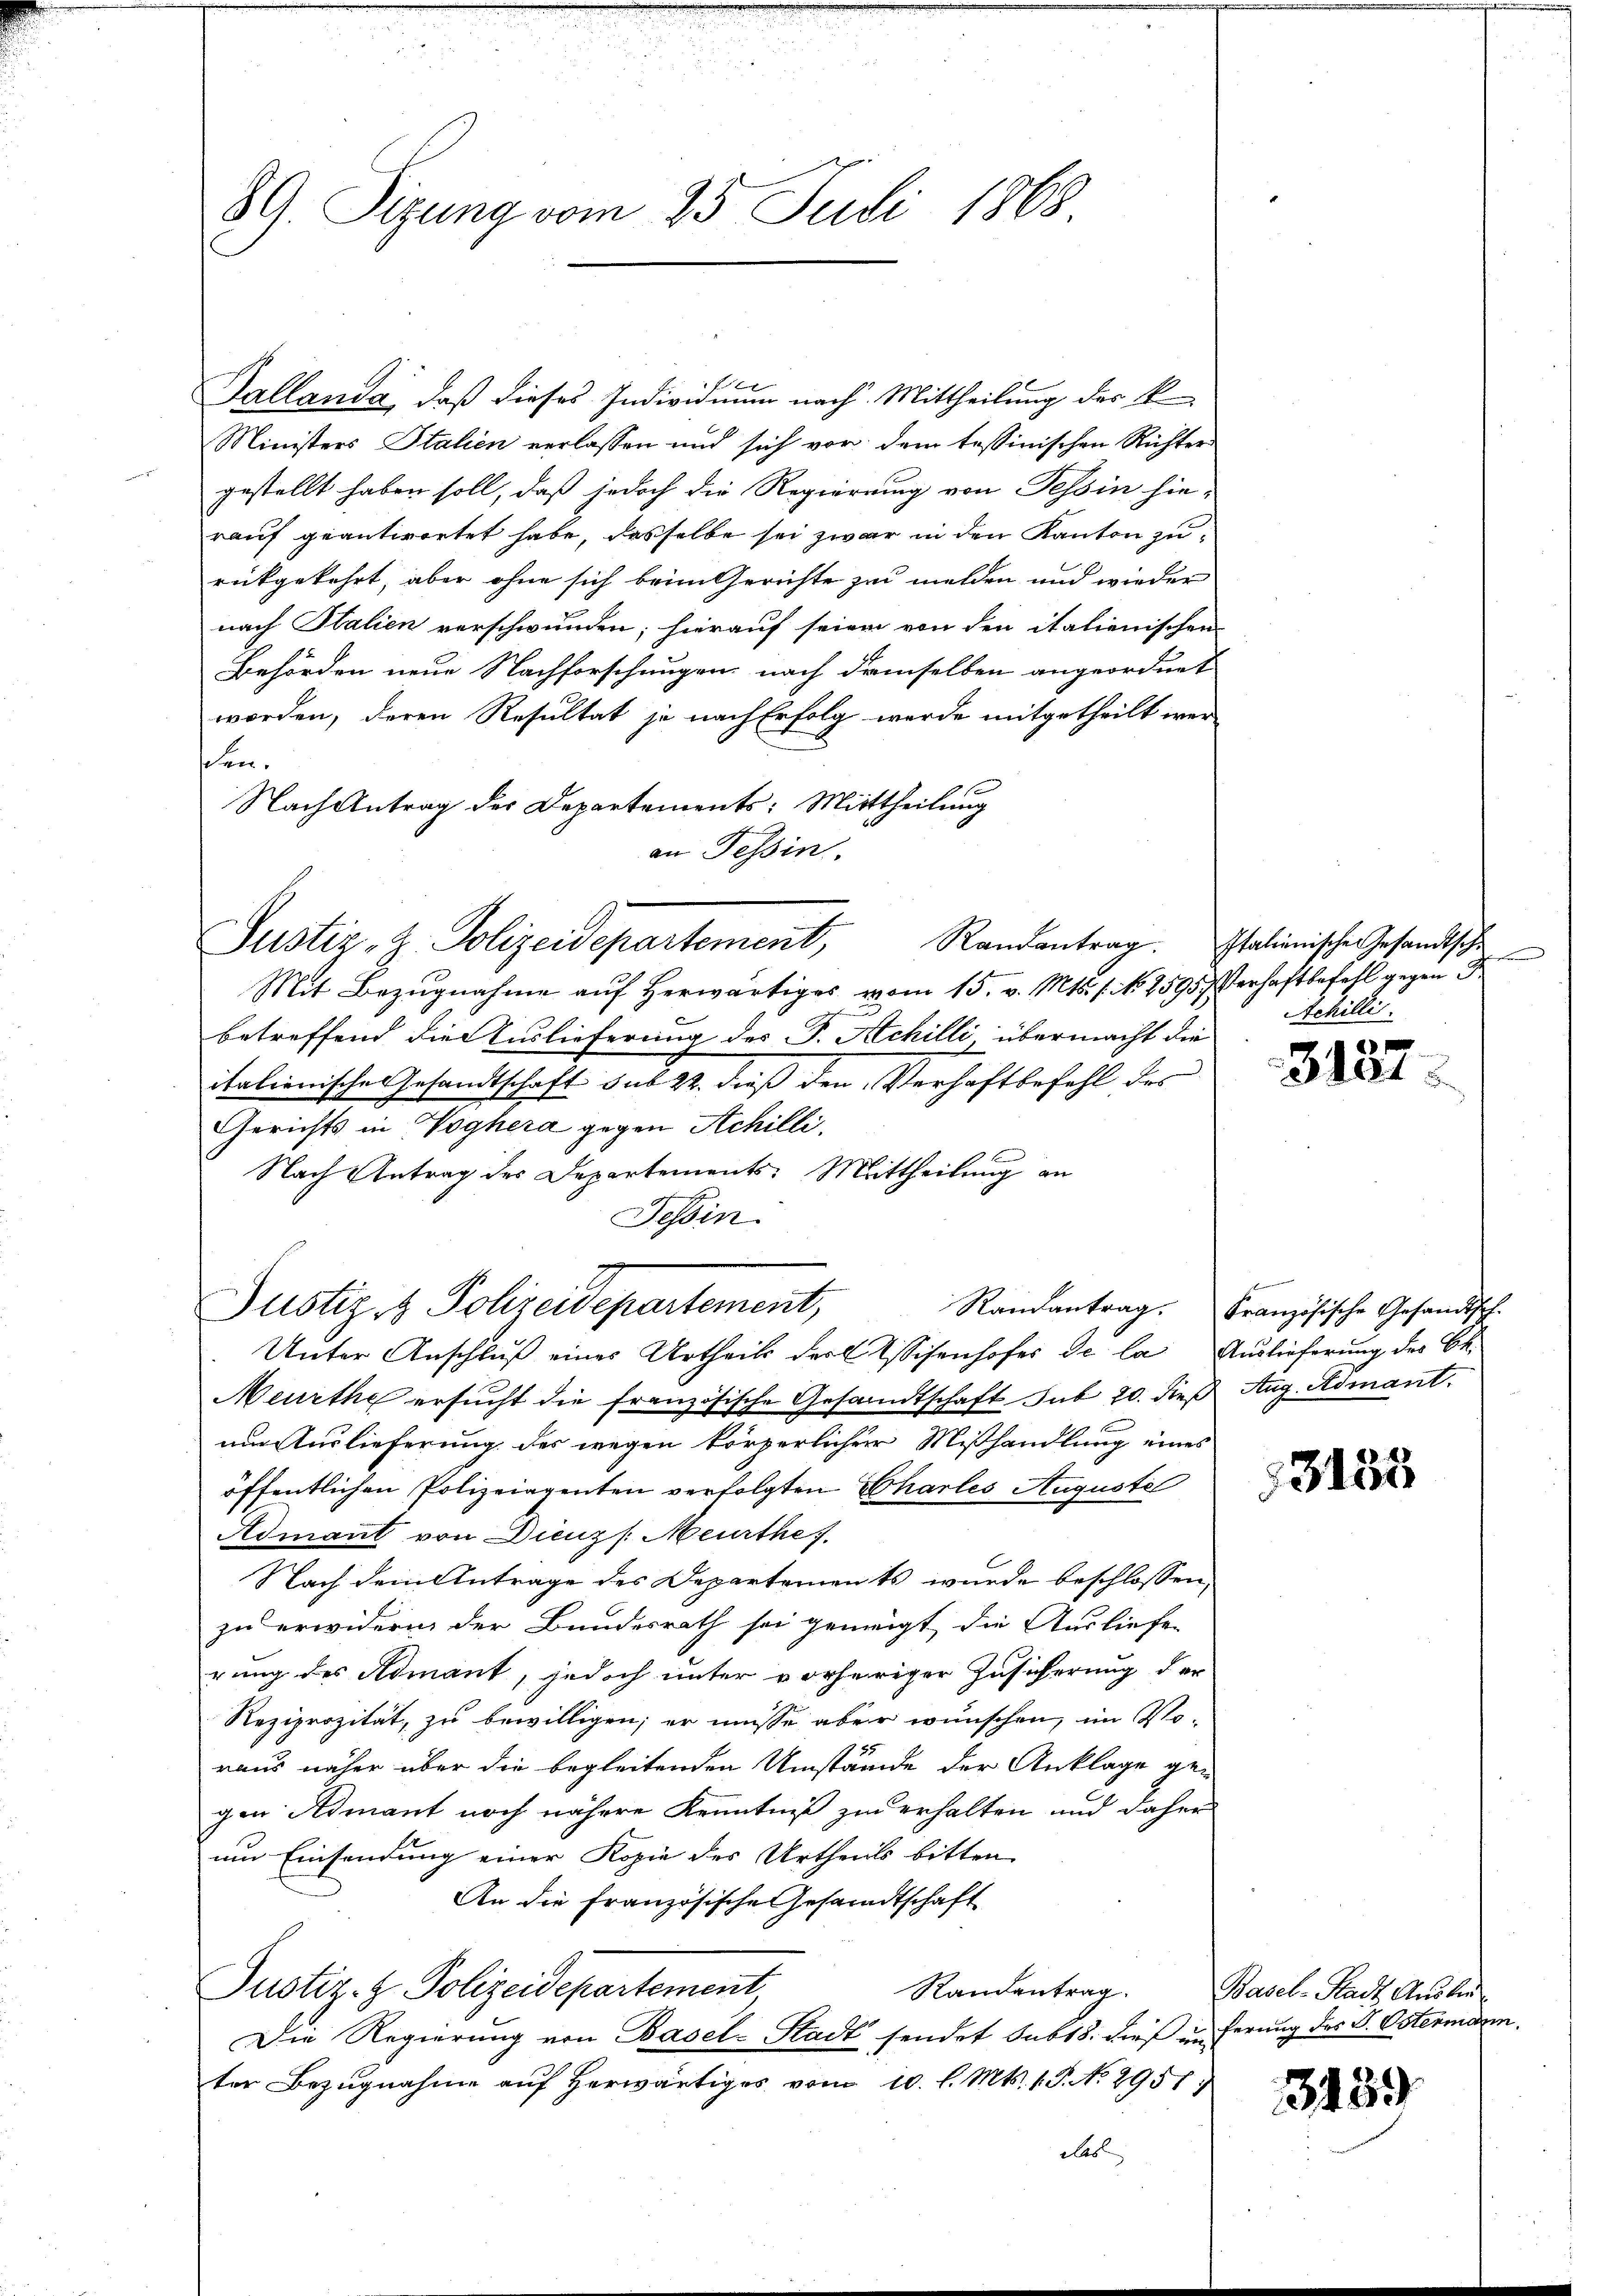
89. Sizung vom 25. Juli 1868.

Kallanda, daß dieses Individuum nach Mittheilung der k
Ministers Italien verlassen und sich vor dem tessinischen Richters
gestellt haben soll, daß jedoch die Regierung von Tessin hie-
rauf geantwortet habe, dasselbe sei zwar in den Kanton zu
rückgekehrt, aber ohne sich beim Gerichte zu melden und wieder
nach Italien verschwunden; hierauf seien von den italienischen
Behörden neue Nachforschungen nach demselben angeordnet
worden, deren Resultat je nach Erfolg werde mitgetheilt wer-
een.
Nach Antrag des Departements: Mittheilung
an Tessin.
Justiz, z. Polizeidepartement,
Mit Bezugnahme auf herwärtiges vom 15. v. Mts. f. No. 2595 Verhaftbefehl gegen d
betreffend die Auslieferung des P. Achilli übermacht die
italienische Gesandtschaft sub 22. dieß den Verhaftbefehl des
Gerichts in Woghera gegen Achilli,
Nach Antrag des Departements: Mittheilung an
Tessin.
Justiz & Polizeidepartement,
Unter Anschluß eines Urtheils der Wissesenhofes de la Auslieferung des Be¬
Meurthe ersucht die französische Gesandtschaft sub 20. dieß Aug. Admant.
um Auslieferung des wegen körperlicher Mißhandlung eines
öffentlichen Polizeiagenten verfolgten Chartes Auguste
Admant von Dienz /: Meurthe
Nach dem Antrage des Departements wurde beschlossen,
zu erwidern der Bundesrath sei geneigt die Ausliefe
rung des Admant, jedoch unter vorheriger Zusicherung der
Reziprozität, zu bewilligen; er müsse aber wünschen, im Vo-
raus näher über die begleitenden Umstände der Anklage gen
gen Admant noch nähere Kenntniß zu erhalten und daher
um Einsendung einer Kopie des Urtheils bitten
An die Französische Gesandtschaft
Justiz- & Polizeidepartement
Randentrag.
Die Regierung von Basel-Stadt sendet sub 18. dieß in ferung des S. Ostermann
ter Bezŭgnahme aŭf herwärtiges vom 10. l. Mts. 1. P. No. 2951)
ebes

Randantrag. Italienische Gesandtsche
Achilli

3187.

Randantrag. Französische Gesandtsch.

3155

Basel-Stadt Ausbru

3459